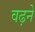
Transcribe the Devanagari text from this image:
वढ़ने